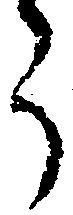
う